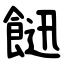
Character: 䭀